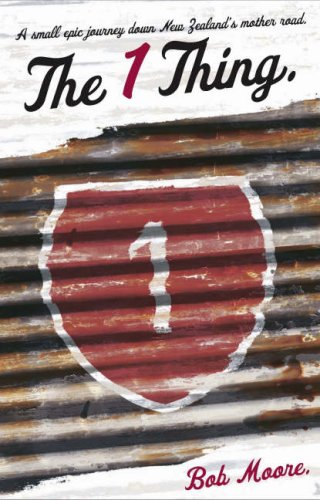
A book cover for The 1 Thing: a Small Epic Journey Down New Zealand's Mother Road; Bob Moore; Travel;